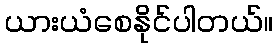
ယားယံစေနိုင်ပါတယ်။